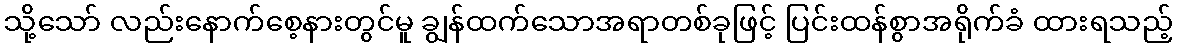
သို့သော် လည်းနောက်စေ့နားတွင်မူ ချွန်ထက်သောအရာတစ်ခုဖြင့် ပြင်းထန်စွာအရိုက်ခံ ထားရသည့်